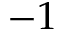
- 1